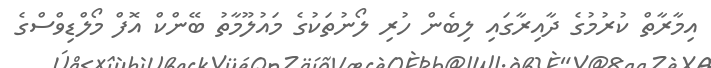
އިމާރާތް ކުރުމުގެ ދާއިރާގައި ލިބެން ހުރި ލޯނުތަކުގެ މައުލޫމާތު ބޭންކް އޮފް މޯލްޑިވްސްގެ